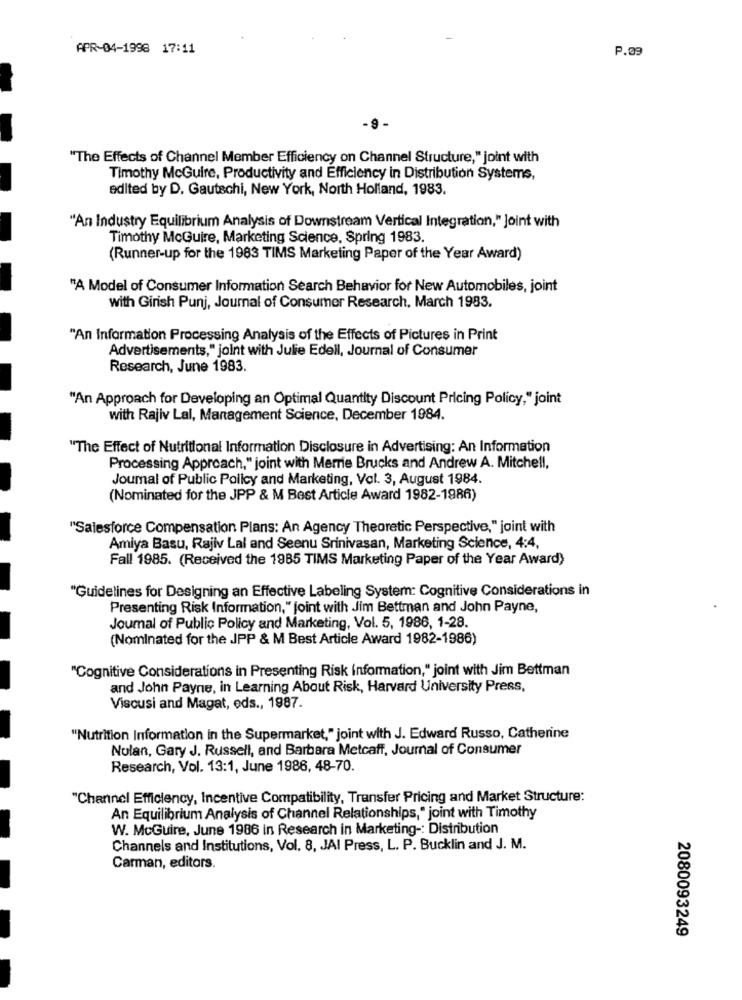
APR-04-1998 17:11
P.09
- 9
"The Effects of Channel Member Efficiency on Channel Structure," joint with
Timothy McGuire, Productivity and Efficiency in Distribution Systems,
edited by D. Gautschi, New York, North Holland, 1983.
"An Industry Equilibrium Analysis of Downstream Vertical Integration," Joint with
Timothy McGuire, Marketing Science, Spring 1983.
(Runner-up for the 1983 TIMS Marketing Paper of the Year Award)
"A Model of Consumer Information Search Behavior for New Automobiles, joint
with Girish Punj, Journal of Consumer Research, March 1983.
"An Information Processing Analysis of the Effects of Pictures in Print
Advertisements," joint with Julie Edell, Journal of Consumer
Research, June 1983.
"An Approach for Developing an Optimal Quantity Discount Pricing Policy," joint
with Rajiv Lal, Management Science, December 1984.
"The Effect of Nutritional Information Disclosure in Advertising: An Information
Processing Approach,“ joint with Merrie Brucks and Andrew A. Mitchell,
Joumal of Public Policy and Marketing, Vol. 3, August 1984.
(Nominated for the JPP & M Best Article Award 1982-1986)
"Salesforce Compensation Plans: An Agency Theoretic Perspective," joint with
Amiya Basu, Rajiv Lal and Seenu Srinivasan, Marketing Science, 4:4,
Fall 1985. (Received the 1985 TIMS Marketing Paper of the Year Award)
"Guidelines for Designing an Effective Labeling System: Cognitive Considerations in
Presenting Risk Information," joint with Jim Bettman and John Payne,
Journal of Public Policy and Marketing, Vol. 5, 1986, 1-28.
(Nominated for the JPP & M Best Article Award 1982-1986)
"Cognitive Considerations in Presenting Risk Information," joint with Jim Bettman
and John Payne, in Learning About Risk, Harvard University Press,
Viscusi and Magat, eds ., 1987.
"Nutrition Information in the Supermarket," joint with J. Edward Russo, Catherine
Nolan, Gary J. Russell, and Barbara Metcaff, Journal of Consumer
Research, Vol. 13:1, June 1986, 48-70.
"Channel Efficiency, Incentive Compatibility, Transfer Pricing and Market Structure:
An Equilibrium Analysis of Channel Relationships," joint with Timothy
W. McGuire, June 1986 in Research in Marketing -: Distribution
Channels and Institutions, Vol. 8, JAI Press, L. P. Bucklin and J. M.
Carman, editors.
2080093249